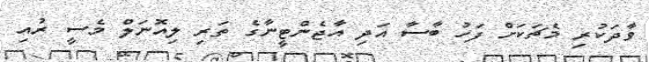
ވާދަކުރި މެޗަކަށް ފަހު ބާސާ އަދި އާޖެންޓީނާގެ ތަރި ލިއޮނަލް މެސީ ރުއި